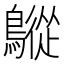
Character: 𪅜